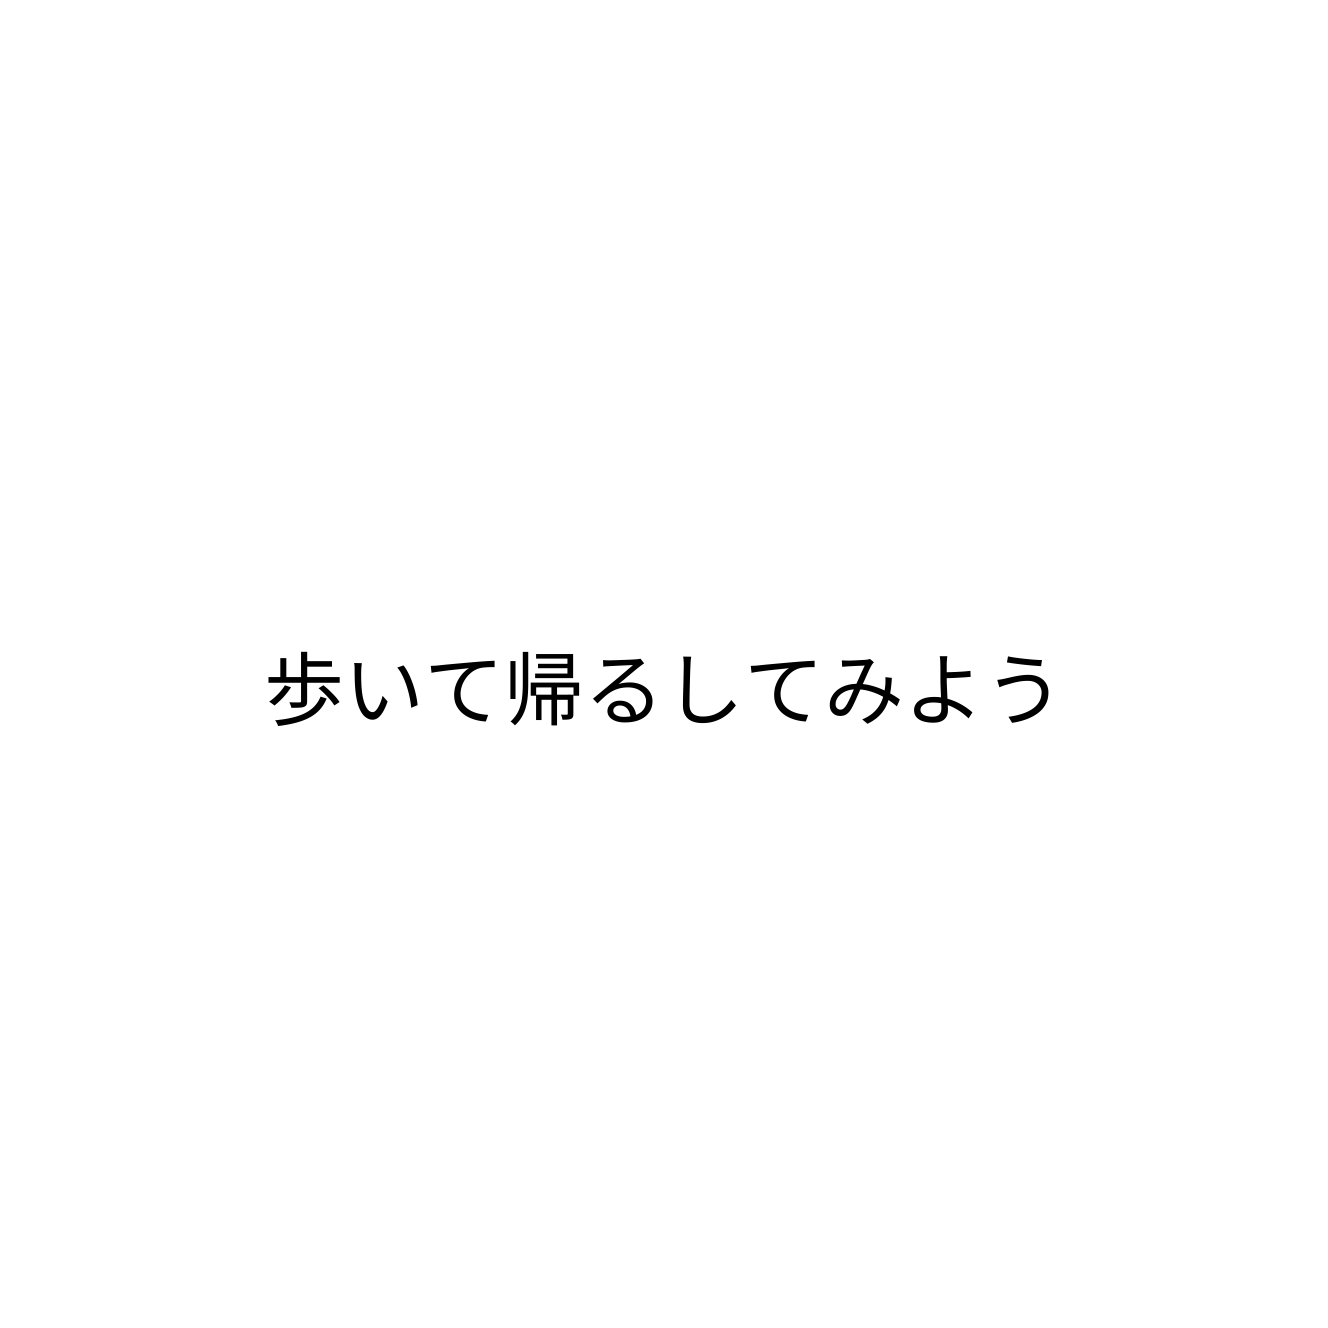
歩いて帰るしてみよう